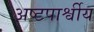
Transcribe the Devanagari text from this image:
अष्टपार्श्वीय